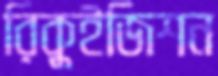
রিকুইজিশন